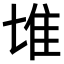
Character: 𨾅